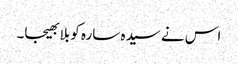
اس نے سیدہ سارہ کو بلا بھیجا۔